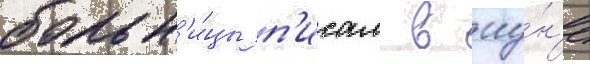
больн'и́цы п'исал в иу́н'е